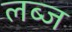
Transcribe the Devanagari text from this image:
लब्ज